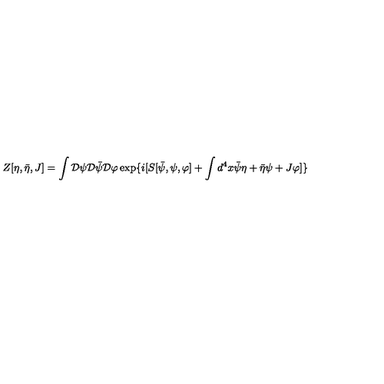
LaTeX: Z [ \eta , \bar { \eta } , J ] = \int { \cal D } \psi { \cal D } \bar { \psi } { \cal D } \varphi \exp \{ i [ S [ \bar { \psi } , \psi , \varphi ] + \int d ^ { 4 } x \bar { \psi } \eta + \bar { \eta } \psi + J \varphi ] \}